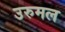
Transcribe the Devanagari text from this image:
उरुमल